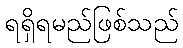
ရရှိရမည်ဖြစ်သည်